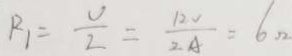
R _ { 1 } = \frac { U } { I } = \frac { 1 2 V } { 2 A } = 6 \Omega